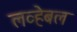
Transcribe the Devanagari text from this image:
लव्हेबल